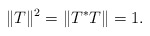
\begin{align*}\|T\|^2=\|T^*T\|=1.\end{align*}